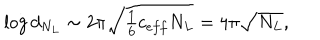
\log d _ { N _ { L } } \sim { 2 \pi \sqrt { \textstyle { \frac { 1 } { 6 } } c _ { e f f } N _ { L } } } = 4 \pi \sqrt { N _ { L } } ,